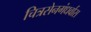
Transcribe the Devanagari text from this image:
चित्रसेनगंधर्वास